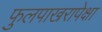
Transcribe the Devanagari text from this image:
फुलपाखरापेक्षा